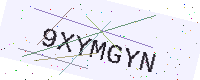
Text: 9XYMGYN